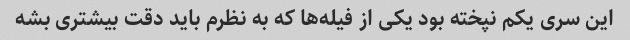
این سری یکم نپخته بود یکی از فیله‌ها که به نظرم باید دقت بیشتری بشه